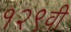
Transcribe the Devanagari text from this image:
१२९वी